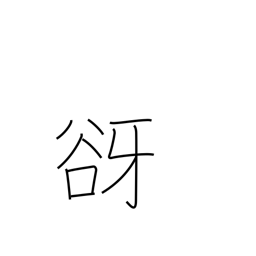
Meaning: tree spirit